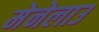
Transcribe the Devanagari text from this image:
मेनेलाउ